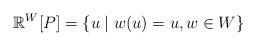
LaTeX: \begin{align*}\mathbb{R}^{W}[P]=\{u\mid w(u)=u,w\in W\}\end{align*}